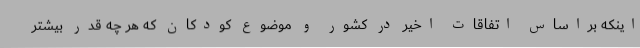
اینکه براساس اتفاقات اخیر در کشور و موضوع کودکان که هر چه قدر بیشتر